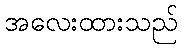
အလေးထားသည်